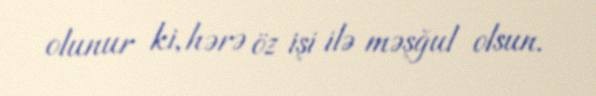
olunur ki, hərə öz işi ilə məşğul olsun.